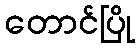
တောင်ပြို